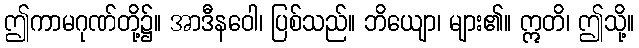
ဤကာမဂုဏ်တို့၌။ အာဒီနဝေါ၊ ပြစ်သည်။ ဘိယျော၊ များ၏။ ဣတိ၊ ဤသို့။